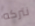
نتركه